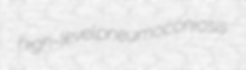
high-level pneumoconiosis